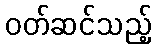
ဝတ်ဆင်သည့်